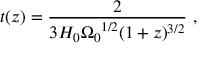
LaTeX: t ( z ) = { \frac { 2 } { 3 H _ { 0 } { \Omega _ { 0 } } ^ { 1 / 2 } ( 1 + z ) ^ { 3 / 2 } } } \ ,